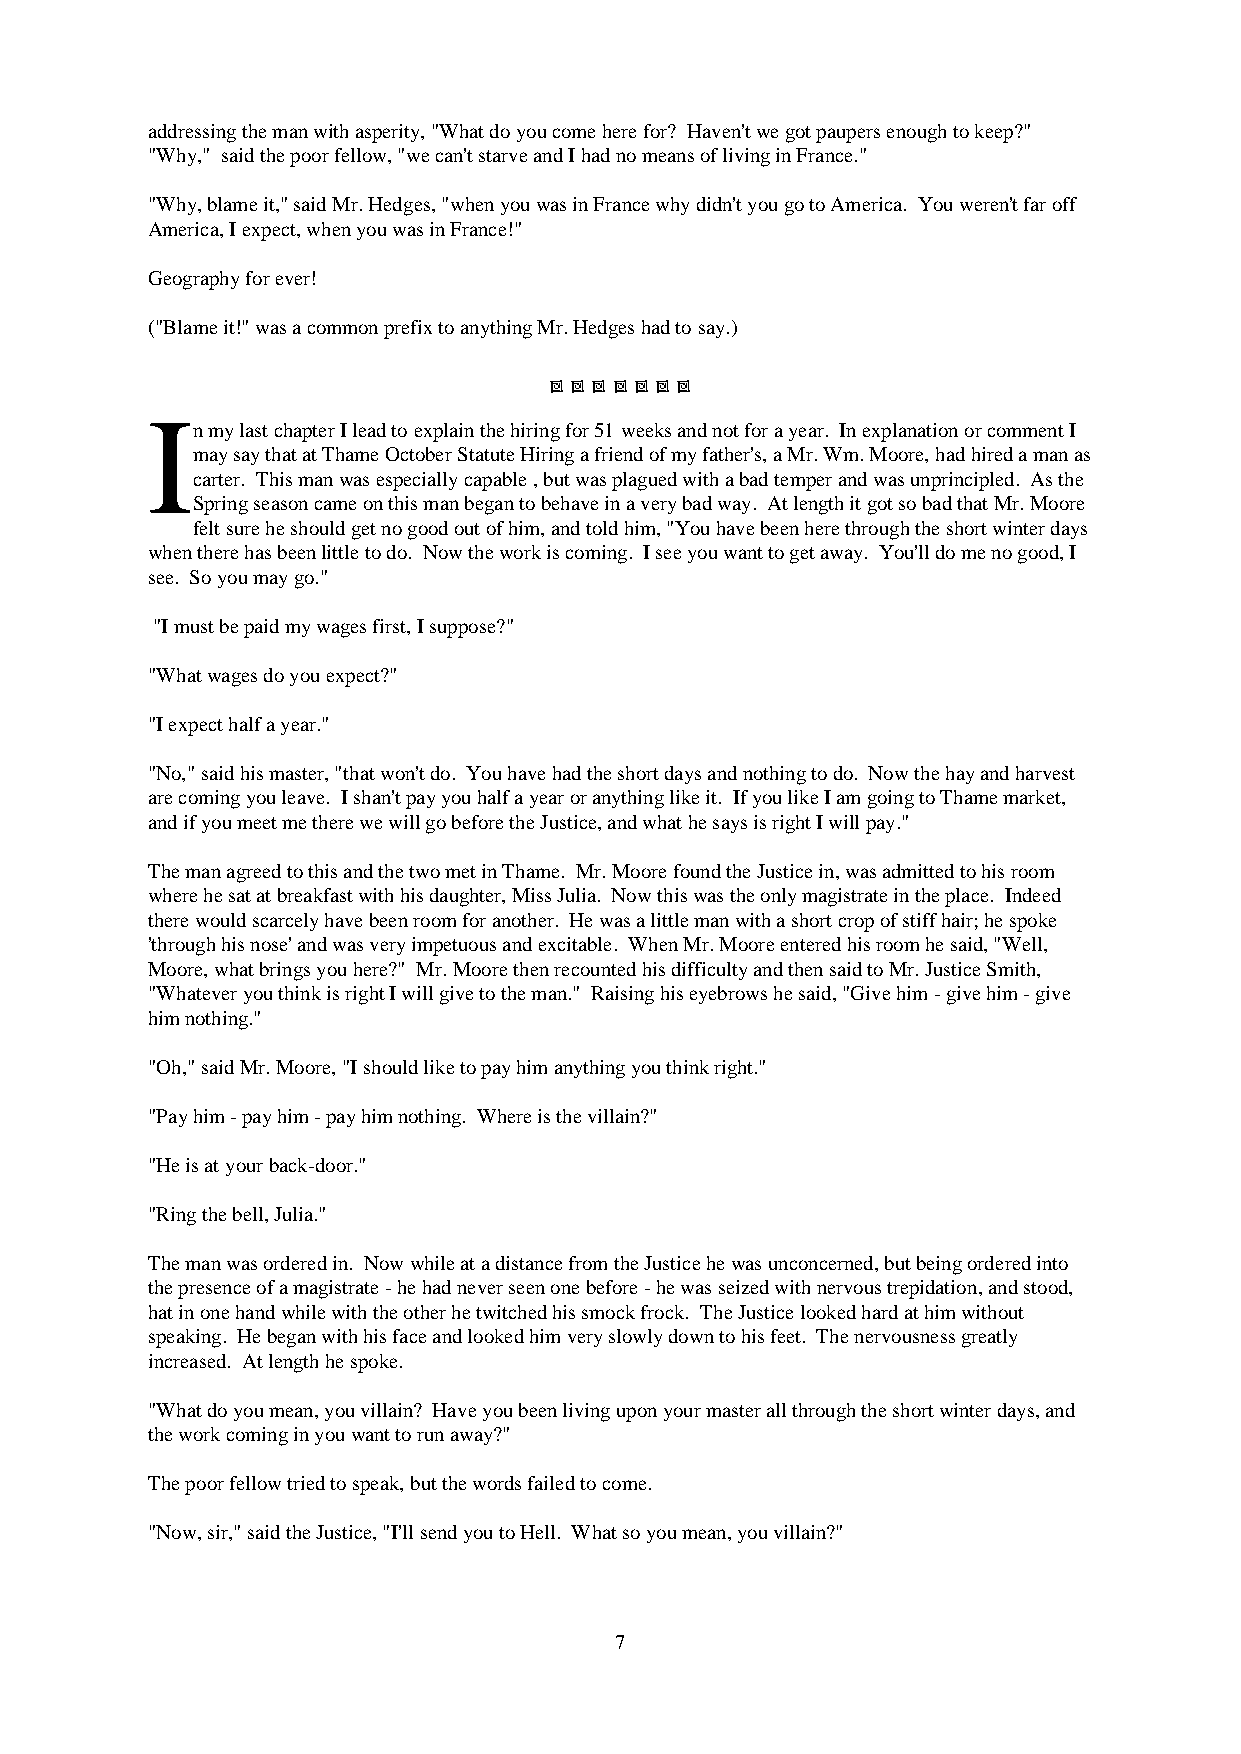
addressing the man with asperity, "What do you come here for? Haven't we got paupers enough to keep?"
 "Why," said the poor fellow, "we can't starve and I had no means of living in France."
 "Why, blame it," said Mr. Hedges, "when you was in France why didn't you go to America. You weren't far off
 America, I expect, when you was in France!"
 Geography for ever!
 ("Blame it!" was a common prefix to anything Mr. Hedges had to say.)
       
 I
 n my last chapter I lead to explain the hiring for 51 weeks and not for a year. In explanation or comment I
 may say that at Thame October Statute Hiring a friend of my father's, a Mr. Wm. Moore, had hired a man as
 carter. This man was especially capable , but was plagued with a bad temper and was unprincipled. As the
 Spring season came on this man began to behave in a very bad way. At length it got so bad that Mr. Moore
 felt sure he should get no good out of him, and told him, "You have been here through the short winter days
 when there has been little to do. Now the work is coming. I see you want to get away. You'll do me no good, I
 see. So you may go."
 "I must be paid my wages first, I suppose?"
 "What wages do you expect?"
 "I expect half a year."
 "No," said his master, "that won't do. You have had the short days and nothing to do. Now the hay and harvest
 are coming you leave. I shan't pay you half a year or anything like it. If you like I am going to Thame market,
 and if you meet me there we will go before the Justice, and what he says is right I will pay."
 The man agreed to this and the two met in Thame. Mr. Moore found the Justice in, was admitted to his room
 where he sat at breakfast with his daughter, Miss Julia. Now this was the only magistrate in the place. Indeed
 there would scarcely have been room for another. He was a little man with a short crop of stiff hair; he spoke
 'through his nose' and was very impetuous and excitable. When Mr. Moore entered his room he said, "Well,
 Moore, what brings you here?" Mr. Moore then recounted his difficulty and then said to Mr. Justice Smith,
 "Whatever you think is right I will give to the man." Raising his eyebrows he said, "Give him - give him - give
 him nothing."
 "Oh," said Mr. Moore, "I should like to pay him anything you think right."
 "Pay him - pay him - pay him nothing. Where is the villain?"
 "He is at your back-door."
 "Ring the bell, Julia."
 The man was ordered in. Now while at a distance from the Justice he was unconcerned, but being ordered into
 the presence of a magistrate - he had never seen one before - he was seized with nervous trepidation, and stood,
 hat in one hand while with the other he twitched his smock frock. The Justice looked hard at him without
 speaking. He began with his face and looked him very slowly down to his feet. The nervousness greatly
 increased. At length he spoke.
 "What do you mean, you villain? Have you been living upon your master all through the short winter days, and
 the work coming in you want to run away?"
 The poor fellow tried to speak, but the words failed to come.
 "Now, sir," said the Justice, "I'll send you to Hell. What so you mean, you villain?"
 7